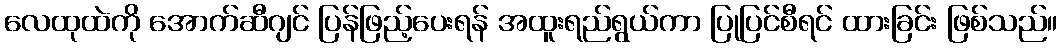
လေထုထဲကို အောက်ဆီဂျင် ပြန်ဖြည့်ပေးရန် အထူးရည်ရွယ်ကာ ပြုပြင်စီရင် ထားခြင်း ဖြစ်သည်။